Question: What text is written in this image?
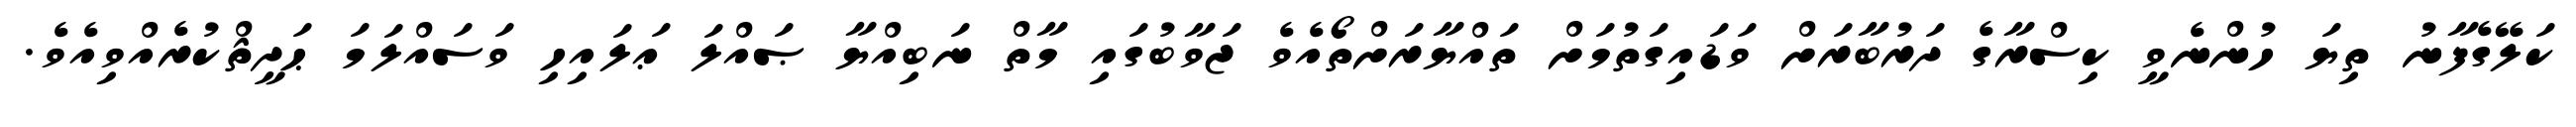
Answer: ކަލޭގެފާނު ތިޔަ ހުންނެވީ ކިސްރާގެ ދަރުބާރަށް ވަޑައިގަތުމަށް ތައްޔާރަށްތޯއެވެ ޖަވާބުގައި މާތް ނަބިއްޔާ ޞައްލަ ޢަލައިހި ވަސައްލަމަ ޙަދީޘްކުރެއްވިއެވެ.